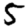
Digit: 5